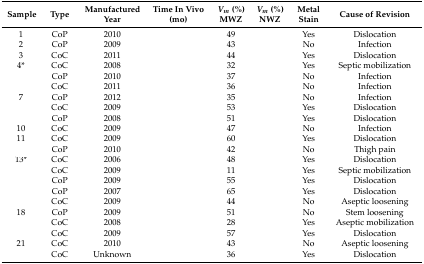
<table><thead><tr><td><b>Sample</b></td><td><b>Type</b></td><td><b>Manufactured Year</b></td><td><b>Time In Vivo (mo)</b></td><td><b><i>V<sub>m</sub></i> (%)MWZ</b></td><td><b><i>V<sub>m</sub></i> (%)NWZ</b></td><td><b>MetalStain</b></td><td><b>Cause of Revision</b></td></tr></thead><tbody><tr><td>1</td><td>CoP</td><td>2010</td><td>[EMPTY_CELL]</td><td>49</td><td>[EMPTY_CELL]</td><td>Yes</td><td>Dislocation</td></tr><tr><td>2</td><td>CoP</td><td>2009</td><td>[EMPTY_CELL]</td><td>43</td><td>[EMPTY_CELL]</td><td>No</td><td>Infection</td></tr><tr><td>3</td><td>CoC</td><td>2011</td><td>[EMPTY_CELL]</td><td>44</td><td>[EMPTY_CELL]</td><td>Yes</td><td>Dislocation</td></tr><tr><td>4*</td><td>CoC</td><td>2008</td><td>[EMPTY_CELL]</td><td>32</td><td>[EMPTY_CELL]</td><td>Yes</td><td>Septic mobilization</td></tr><tr><td>[EMPTY_CELL]</td><td>CoP</td><td>2010</td><td>[EMPTY_CELL]</td><td>37</td><td>[EMPTY_CELL]</td><td>No</td><td>Infection</td></tr><tr><td>[EMPTY_CELL]</td><td>CoC</td><td>2011</td><td>[EMPTY_CELL]</td><td>36</td><td>[EMPTY_CELL]</td><td>No</td><td>Infection</td></tr><tr><td>7</td><td>CoP</td><td>2012</td><td>[EMPTY_CELL]</td><td>35</td><td>[EMPTY_CELL]</td><td>No</td><td>Infection</td></tr><tr><td>[EMPTY_CELL]</td><td>CoC</td><td>2009</td><td>[EMPTY_CELL]</td><td>53</td><td>[EMPTY_CELL]</td><td>Yes</td><td>Dislocation</td></tr><tr><td>[EMPTY_CELL]</td><td>CoP</td><td>2008</td><td>[EMPTY_CELL]</td><td>51</td><td>[EMPTY_CELL]</td><td>Yes</td><td>Dislocation</td></tr><tr><td>10</td><td>CoC</td><td>2009</td><td>[EMPTY_CELL]</td><td>47</td><td>[EMPTY_CELL]</td><td>No</td><td>Infection</td></tr><tr><td>11</td><td>CoC</td><td>2009</td><td>[EMPTY_CELL]</td><td>60</td><td>[EMPTY_CELL]</td><td>Yes</td><td>Dislocation</td></tr><tr><td>[EMPTY_CELL]</td><td>CoP</td><td>2010</td><td>[EMPTY_CELL]</td><td>42</td><td>[EMPTY_CELL]</td><td>No</td><td>Thigh pain</td></tr><tr><td>13*</td><td>CoC</td><td>2006</td><td>[EMPTY_CELL]</td><td>48</td><td>[EMPTY_CELL]</td><td>Yes</td><td>Dislocation</td></tr><tr><td>[EMPTY_CELL]</td><td>CoC</td><td>2009</td><td>[EMPTY_CELL]</td><td>11</td><td>[EMPTY_CELL]</td><td>Yes</td><td>Septic mobilization</td></tr><tr><td>[EMPTY_CELL]</td><td>CoP</td><td>2009</td><td>[EMPTY_CELL]</td><td>55</td><td>[EMPTY_CELL]</td><td>Yes</td><td>Dislocation</td></tr><tr><td>[EMPTY_CELL]</td><td>CoP</td><td>2007</td><td>[EMPTY_CELL]</td><td>65</td><td>[EMPTY_CELL]</td><td>Yes</td><td>Dislocation</td></tr><tr><td>[EMPTY_CELL]</td><td>CoC</td><td>2009</td><td>[EMPTY_CELL]</td><td>44</td><td>[EMPTY_CELL]</td><td>No</td><td>Aseptic loosening</td></tr><tr><td>18</td><td>CoP</td><td>2009</td><td>[EMPTY_CELL]</td><td>51</td><td>[EMPTY_CELL]</td><td>No</td><td>Stem loosening</td></tr><tr><td>[EMPTY_CELL]</td><td>CoC</td><td>2008</td><td>[EMPTY_CELL]</td><td>28</td><td>[EMPTY_CELL]</td><td>Yes</td><td>Aseptic mobilization</td></tr><tr><td>[EMPTY_CELL]</td><td>CoC</td><td>2009</td><td>[EMPTY_CELL]</td><td>57</td><td>[EMPTY_CELL]</td><td>Yes</td><td>Dislocation</td></tr><tr><td>21</td><td>CoC</td><td>2010</td><td>[EMPTY_CELL]</td><td>43</td><td>[EMPTY_CELL]</td><td>No</td><td>Aseptic loosening</td></tr><tr><td>[EMPTY_CELL]</td><td>CoC</td><td>Unknown</td><td>[EMPTY_CELL]</td><td>36</td><td>[EMPTY_CELL]</td><td>Yes</td><td>Dislocation</td></tr></tbody></table>